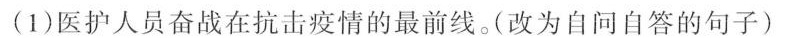
(1)医护人员奋战在抗击疫情的最前线。(改为自问自答的句子)